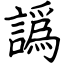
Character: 譌